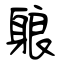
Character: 躴